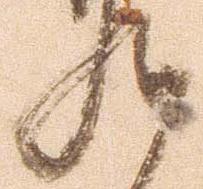
九